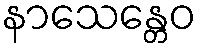
နာသေန္တေဝ